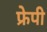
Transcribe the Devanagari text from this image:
फ्रेपी